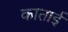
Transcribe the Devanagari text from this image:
काताई